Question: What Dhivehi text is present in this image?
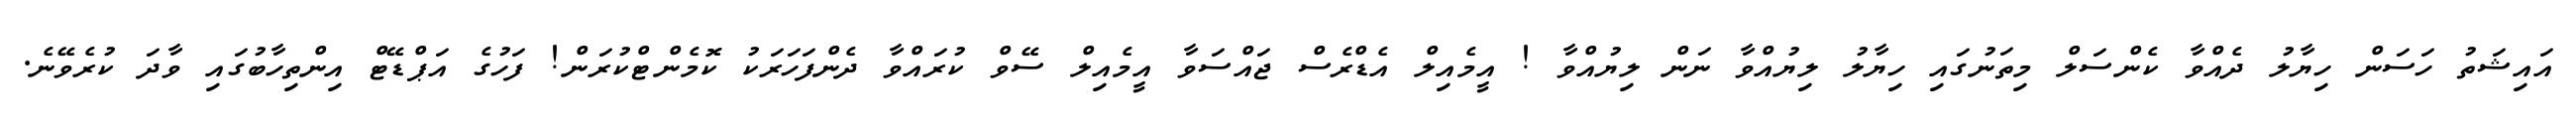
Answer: އައިޝަތު ހަސަން ހިޔާލު ދެއްވާ ކެންސަލް މިތަނުގައި ހިޔާލު ލިޔުއްވާ ނަން ލިޔުއްވާ ! އީމެއިލް އެޑްރެސް ޖައްސަވާ އީމެއިލް ސޭވް ކުރައްވާ ދެންފަހަރަކު ކޮމެންޓްކުރަން! ފަހުގެ އަޕްޑޭޓް އިންތިހާބުގައި ވާދަ ކުރެވޭނެ.